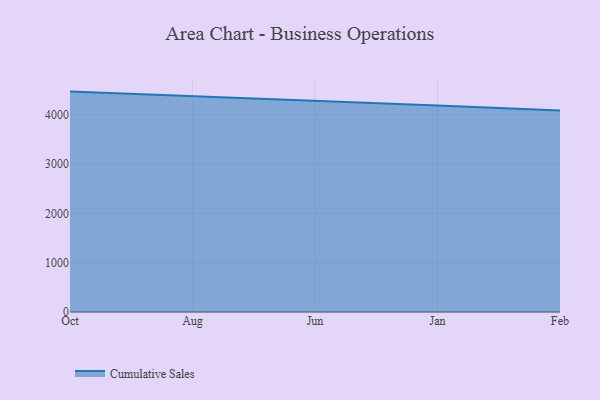
{"axis": {"x": "Month", "y": "Latency (ms)"}, "legend": ["Cumulative Sales"], "data": [{"x": "Oct", "y": 4466.4, "type": "Cumulative Sales"}, {"x": "Aug", "y": 4374.2, "type": "Cumulative Sales"}, {"x": "Jun", "y": 4270.5, "type": "Cumulative Sales"}, {"x": "Jan", "y": 4186.6, "type": "Cumulative Sales"}, {"x": "Feb", "y": 4081.7, "type": "Cumulative Sales"}]}